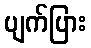
ပျက်ပြား